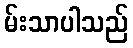
မ်းသာပါသည်